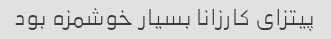
پیتزای کارزانا بسیار خوشمزه بود